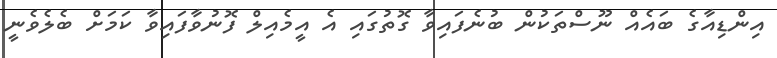
އިންޑިއާގެ ބައެއް ނޫސްތަކުން ބުނެފައިވާ ގޮތުގައި އެ އީމެއިލް ފޮނުވާފައިވާ ކަމަށް ބެލެވެނީ